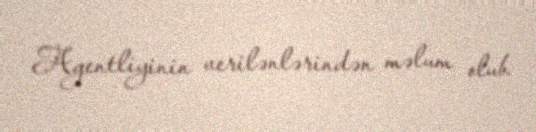
Agentliyinin verilənlərindən məlum olub.